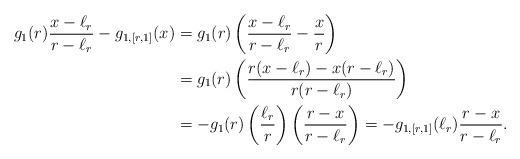
LaTeX: \begin{align*}g_{1}(r)\frac{x-\ell_{r}}{r-\ell_{r}} - g_{1,[r,1]}(x) & = g_{1}(r)\left(\frac{x-\ell_{r}}{r-\ell_{r}} - \frac{x}{r}\right) \\& = g_{1}(r)\left(\frac{r(x-\ell_{r}) - x(r-\ell_{r})}{r(r-\ell_{r})}\right) \\& = -g_{1}(r)\left(\frac{\ell_{r}}{r}\right)\left(\frac{r-x}{r-\ell_{r}}\right) = -g_{1,[r,1]}(\ell_{r})\frac{r-x}{r-\ell_{r}}.\end{align*}